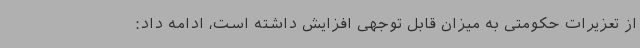
از تعزیرات حکومتی به میزان قابل توجهی افزایش داشته است، ادامه داد: